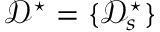
\mathcal { D } ^ { \star } = \{ \mathcal { D } _ { s } ^ { \star } \}